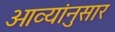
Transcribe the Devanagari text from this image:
ओव्यांनुसार